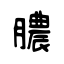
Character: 膿